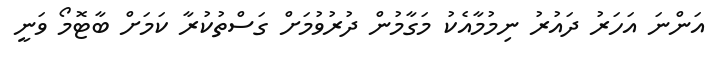
އަންނަ އަހަރު ދައުރު ނިމުމާއެކު މަގާމުން ދުރުވުމަށް ގަސްތުކުރާ ކަމަށް ބާޓޮމޯ ވަނީ